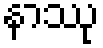
နာဿု